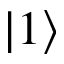
\left\vert 1 \right\rangle